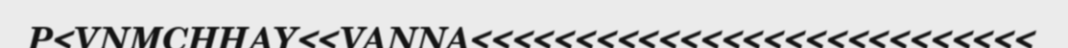
P<VNMCHHAY<<VANNA<<<<<<<<<<<<<<<<<<<<<<<<<<<